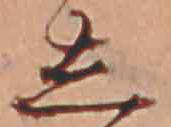
し